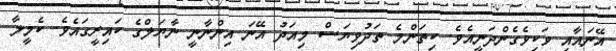
އޭނައާއި ވަކިވެގެންދަނީއެވެ. ކިތަންމެ ތަދުވިޔަސް މިއަދު އޭނަ އިންނާނީ ނާޔަލްގެ ކައިރީގައެވެ. ކެމީލާ